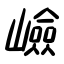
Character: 嶮